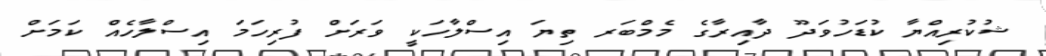
ޝުކުރިއްޔާ ކުޑަހުވަދޫ ދާއިރާގެ މެމްބަރ ތިޔަ އިސްލާހަކީ ވަރަށް ފުރިހަމަ އިސްލާހެއް ކަމަށް